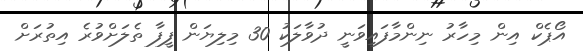
އޯޕެކް އިން މިހާރު ނިންމާފައިވަނީ ދުވާލަކު 30 މިލިޔަން ފީފާ ތެލަށްވުރެ އިތުރަށް